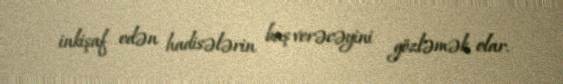
inkişaf edən hadisələrin baş verəcəyini gözləmək olar.